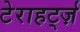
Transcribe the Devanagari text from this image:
टेराहर्ट्ज़